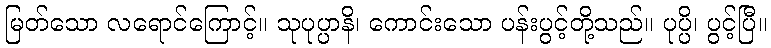
မြတ်သော လရောင်ကြောင့်။ သုပုပ္ပာနိ၊ ကောင်းသော ပန်းပွင့်တို့သည်။ ပုပ္ပိ၊ ပွင့်ပြီ။